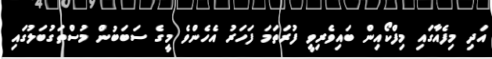
އަދި މިފެއާގައި މިފްކޯއިން ބައިވެރިވީ ފުރަތަމަ ފަހަރު އެހެންވެ މީގެ ސަބަބުން މުސްތަގުބަލުގައި